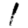
Digit: 1